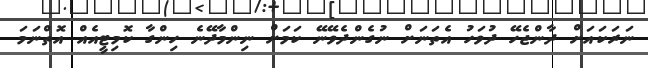
ނަރަކައަށް ދާންޖެހޭ ދުވަހު އެތަނަށް ނުގެންދެވޭނޭ ކަމަށް ނިންމާދޭނެ ހިންގާ ކޮމިޓީއެއް އޮތްނަމަ